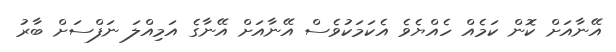
އޭނާއަށް ކޮން ކަމެއް ހެއްޔެވެ އެކަމަކުވެސް އޭނާއަށް އޭނާގެ އަމިއްލަ ނަފްސަށް ބާރު